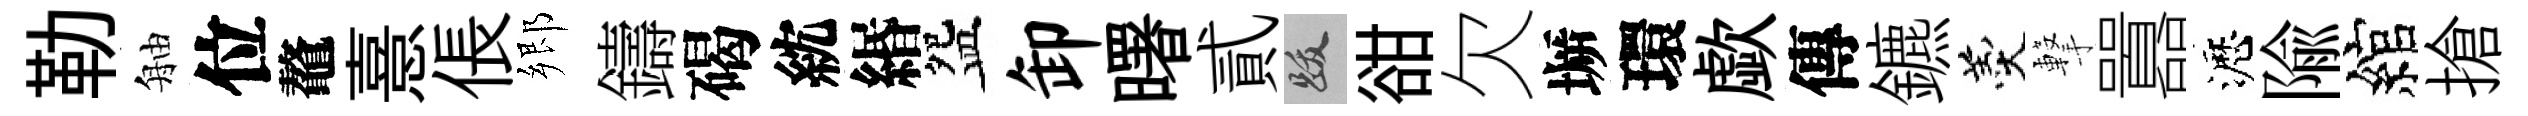
勒舳位鼇憙倀郷鑄碣紞緡盌卸曙貳跋𧮳欠󶱲環歔傳鑣羹撃囂瀝隃綰搶